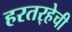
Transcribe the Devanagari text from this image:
हरतर्‍हेची